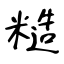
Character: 糙